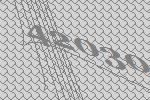
42030